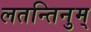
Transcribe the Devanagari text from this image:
लतन्तिनुम्